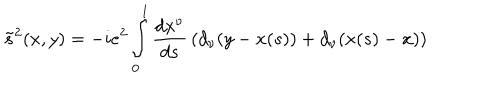
LaTeX: \tilde { s } ^ { 2 } ( x , y ) = - i e ^ { 2 } \int _ { 0 } ^ { 1 } \frac { d x ^ { \nu } } { d s } \, ( d _ { \nu } ( y - x ( s ) ) + d _ { \nu } ( x ( s ) - x ) )